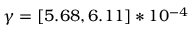
\gamma = [ 5 . 6 8 , 6 . 1 1 ] * 1 0 ^ { - 4 }